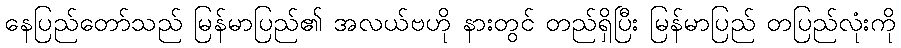
နေပြည်တော်သည် မြန်မာပြည်၏ အလယ်ဗဟို နားတွင် တည်ရှိပြီး မြန်မာပြည် တပြည်လုံးကို